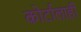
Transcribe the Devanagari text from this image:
कोर्टालाही